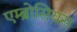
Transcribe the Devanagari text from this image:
एम्ब्रोसियस